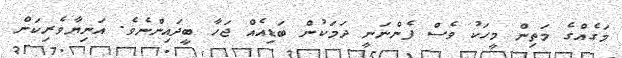
މަގެއްގެ މަތިން މީހަކު ވެސް ފެންނަނީ ދަމަކުން ބަޑިއެއް ޖަހާ ބީދައިންނެވެ. އަނިޔާވެރިކަން